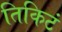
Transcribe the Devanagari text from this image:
तिकिटं